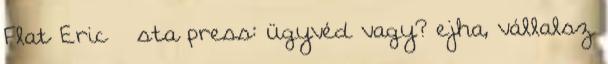
Flat Eric sta press: ügyvéd vagy? ejha, vállalsz